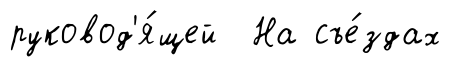
руковод'я́щей На съе́здах